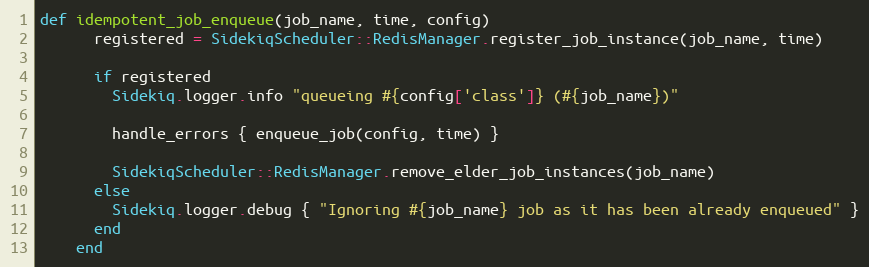
Language: Ruby
def idempotent_job_enqueue(job_name, time, config)
      registered = SidekiqScheduler::RedisManager.register_job_instance(job_name, time)

      if registered
        Sidekiq.logger.info "queueing #{config['class']} (#{job_name})"

        handle_errors { enqueue_job(config, time) }

        SidekiqScheduler::RedisManager.remove_elder_job_instances(job_name)
      else
        Sidekiq.logger.debug { "Ignoring #{job_name} job as it has been already enqueued" }
      end
    end